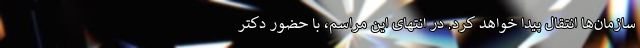
سازمان‌ها انتقال پیدا خواهد کرد. در انتهای این مراسم، با حضور دکتر